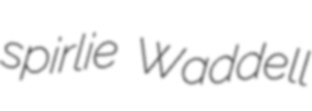
spirlie Waddell